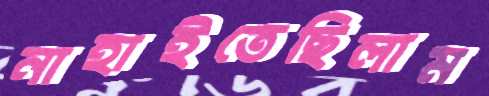
নাহাইতেছিলাম